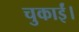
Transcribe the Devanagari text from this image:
चुकाईं।